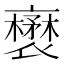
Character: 𧝺